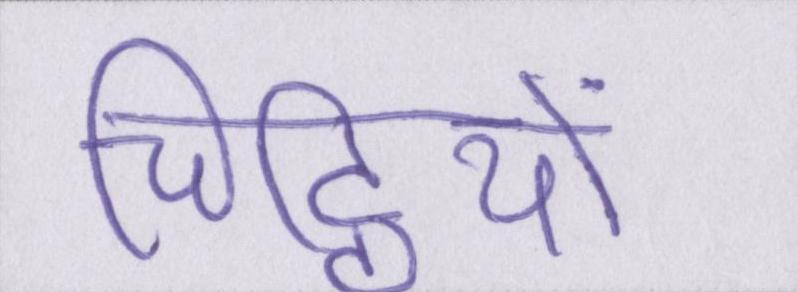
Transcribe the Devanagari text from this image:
चिट्ठियों